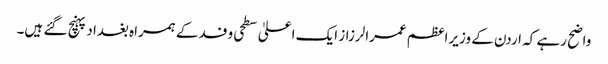
واضح رہے کہ اردن کے وزیراعظم عمرالرزاز ایک اعلیٰ سطحی وفد کے ہمراہ بغداد پہنچ گئے ہیں۔